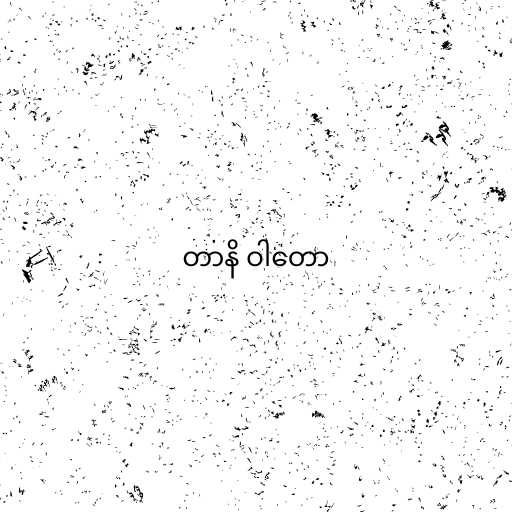
တာနိ ဝါတော